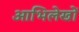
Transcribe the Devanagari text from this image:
आभिलेखों